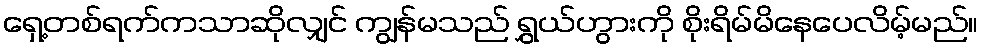
ရှေ့တစ်ရက်ကသာဆိုလျှင် ကျွန်မသည် ရွှယ်ဟွားကို စိုးရိမ်မိနေပေလိမ့်မည်။